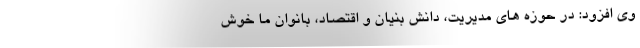
وی افزود: در حوزه های مدیریت، دانش بنیان و اقتصاد، بانوان ما خوش